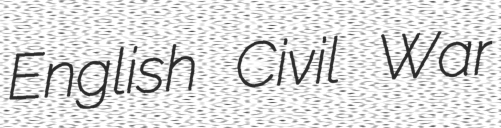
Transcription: English Civil War